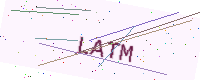
Text: LATM